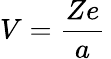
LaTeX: V={\frac{Ze}{a}}\,